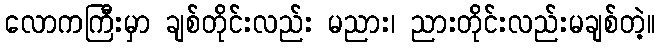
လောကကြီးမှာ ချစ်တိုင်းလည်း မညား၊ ညားတိုင်းလည်းမချစ်တဲ့။